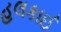
હલકાઈ